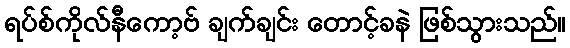
ရပ်စ်ကိုလ်နီကော့ဗ် ချက်ချင်း တောင့်ခနဲ ဖြစ်သွားသည်။